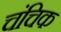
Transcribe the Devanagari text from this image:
चंचिक